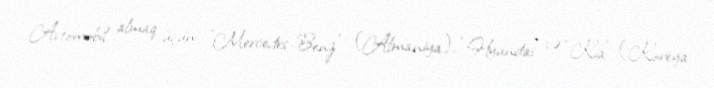
Avtomobil almaq üçün ”Mercedes-Benz" (Almaniya), “Hyundai” və “Kia” (Koreya